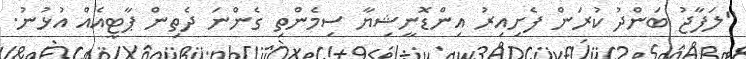
"ލަފާޖު ބަންދު ކުރަން ފެށިއިރު އިންޑޮނީޝިޔާ ސިމެންތި ގެންނަ ދެތިން ޕާޓީއެއް އުޅުނު.